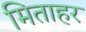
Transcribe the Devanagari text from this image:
मिताहर